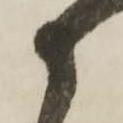
か